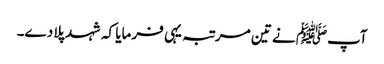
آپﷺ نے تین مرتبہ یہی فرمایا کہ شہد پلا دے۔